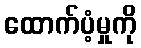
ထောက်ပံ့မှုကို